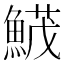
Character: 𩹛